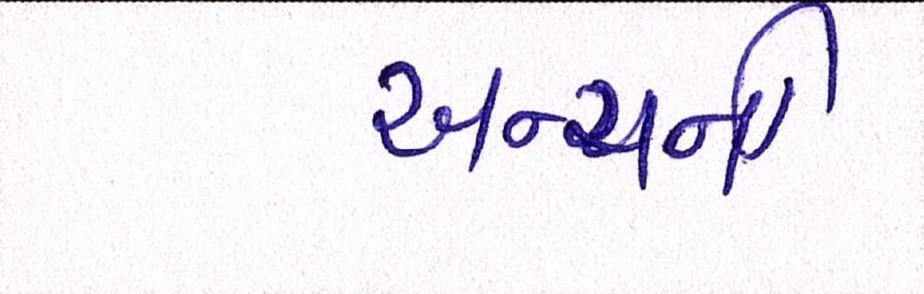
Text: અન્યની